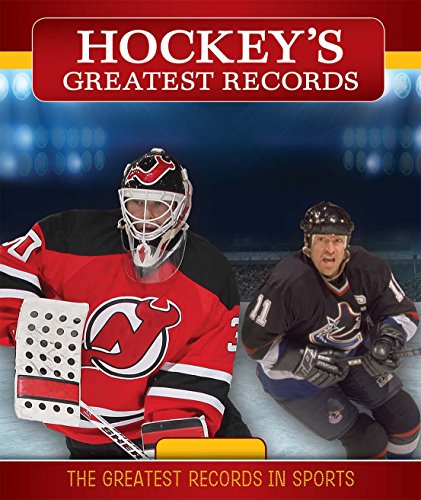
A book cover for Hockey's Greatest Records (The Greatest Records in Sports); Katie Kawa; Children's Books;